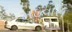
મઠવાસ